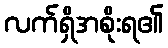
လက်ရှိအစိုးရ၏